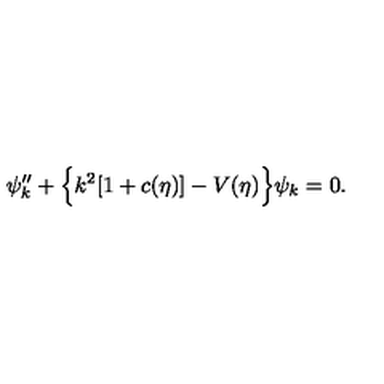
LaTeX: \psi _ { k } ^ { \prime \prime } + \Bigl \{ k ^ { 2 } [ 1 + c ( \eta ) ] - V ( \eta ) \Bigr \} \psi _ { k } = 0 .